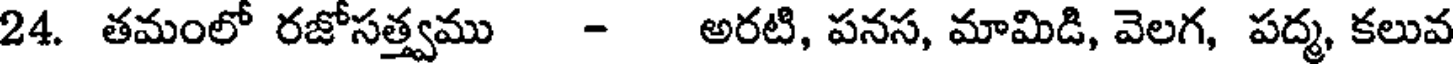
24. తమంలో రజోసత్త్వము - అరటి, పనస, మామిడి, వెలగ, పద్మ, కలువ